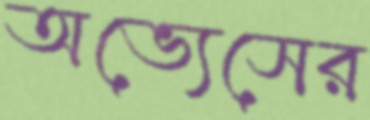
অভ্যেসের